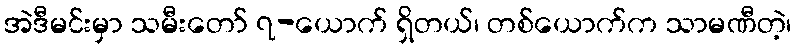
အဲဒီမင်းမှာ သမီးတော် ၇-ယောက် ရှိတယ်၊ တစ်ယောက်က သာမဏီတဲ့၊